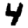
Digit: 4